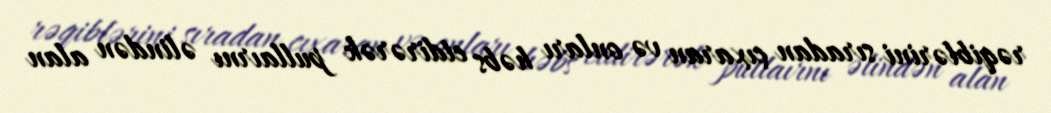
rəqiblərini sıradan çıxaran və onları həbs etdirərək pullaırnı əlindən alan